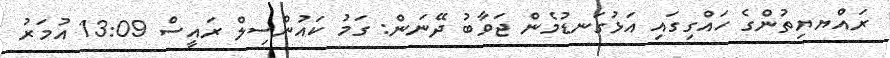
ރައްޔޔިތުންގެ ހައްގިގައި އަޅުގަނޑުމެން ޖަވާބު ދޭނަން: ގަމު ކައުންސިލް ރައީސް 13:09 އުމަރު